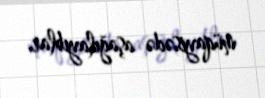
müqayisədə aşağılayıblar.